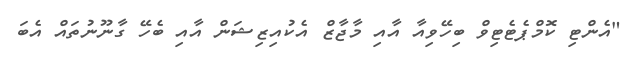
"އެންޓި ކޮމްޕެޓެޓިވް ބިހޭވިއާ އާއި މާޖާޒް އެކުއިޒިޝަން އާއި ބެހޭ ގާނޫނުތައް އެބަ